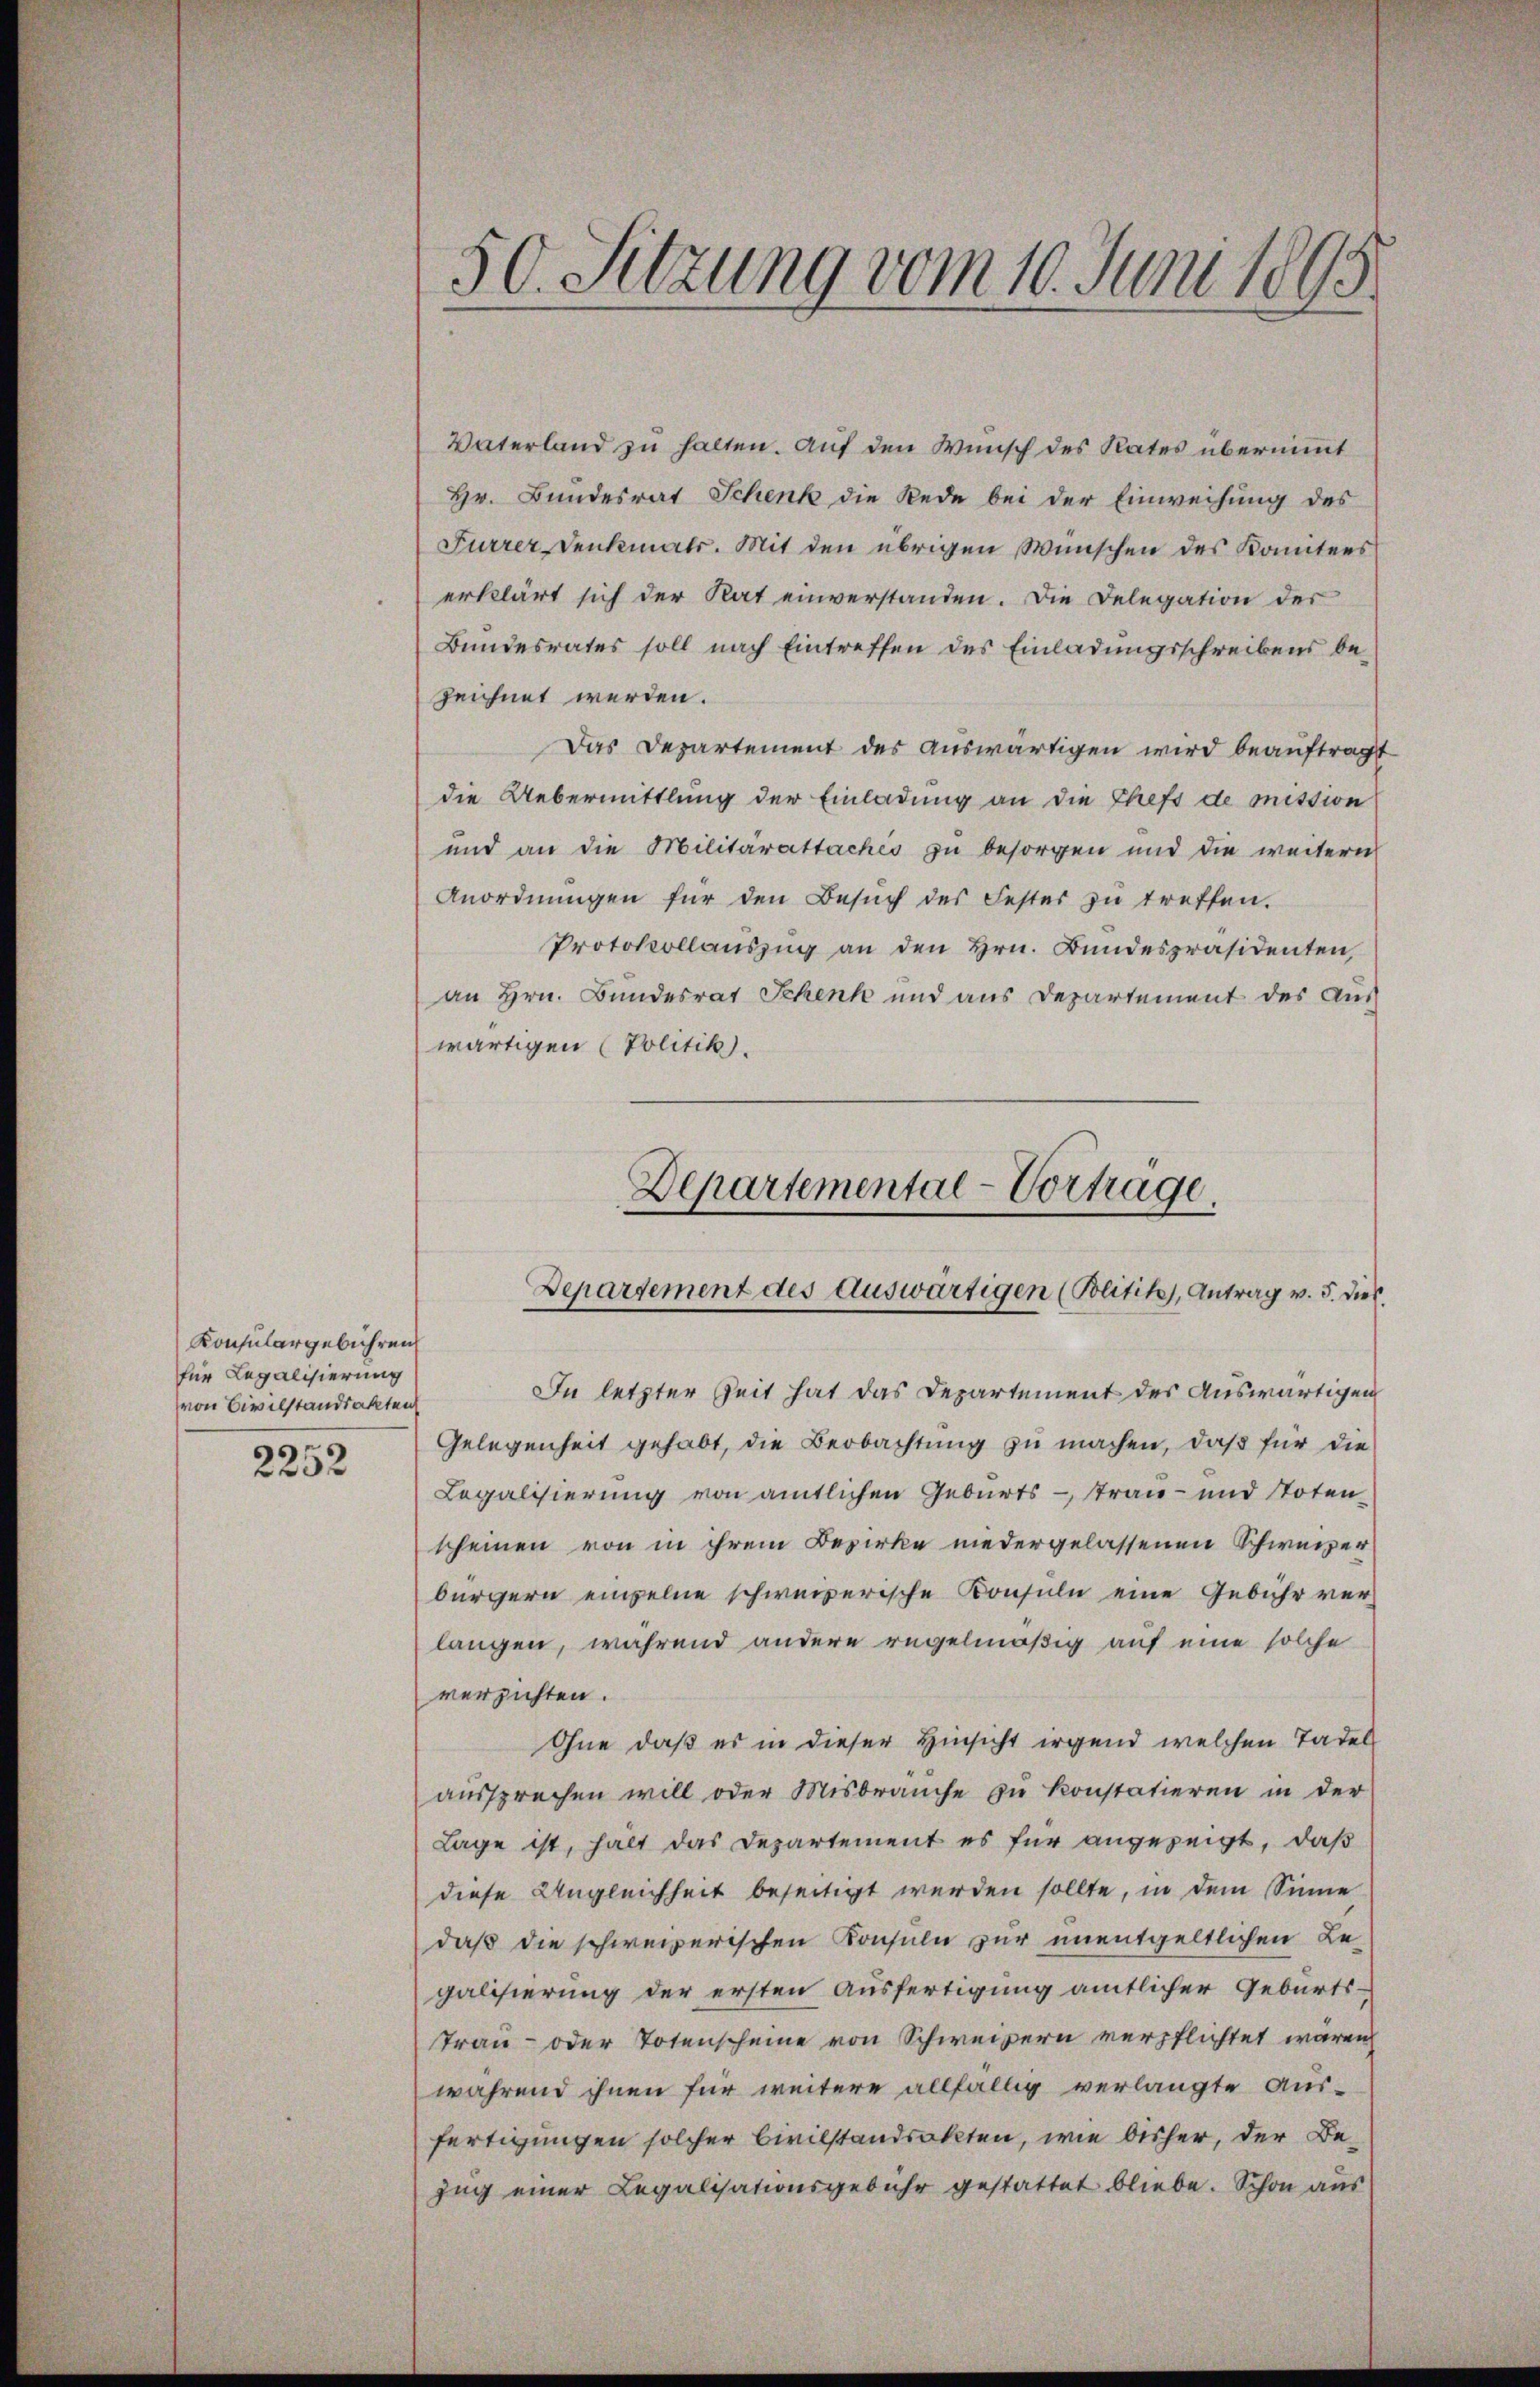
Konsulargebühren
für Legalisierung
von Civilstandsakten

2252

Vaterland zu halten. Auf den Wunsch des Rates übernimmt
Hr. Bundesrat Schenk die Rede bei der Einweisung des
Furrer Denkmals. Mit den übrigen Wünschen des Komitees
erklärt sich der Rat einverstanden. Die Delegation der
Bundesrates soll nach Eintreffen des Einladungsschreibens bezeichnet werden.
Das Departement des auswärtigen wird beauftragt
die Uebermittlung der Einladung an die Chefs de mission
und an die Militärattaches zu besorgen und die weitern
Anordnŭngen für den Besŭch des Fester zŭ treffen.
Protokollauszug an den Hrn. Bundespräsidenten,
an Hrn. Bundesrat Schenk und aus Departement des Aus
wärtigen (Politik.
Departemental-Vorträge

50. Sitzung vom 10. Juni 1895

Departement des Auswärtigen (Bolitik, Antrag v. 5. dies

In letzter Zeit hat das Departement des Auswärtigen
Gelegenheit gehabt, die Beobachtung zu machen, daß für die
Legalisierung von amtlichen Geburts - Tran- und Noten
scheinen von in ihrem Bezirke niedergelassenen Schweizer
bürgern einzelne schweizerische Konsuln eine Gebühr verlangen, während andere regelmäßig auf eine solche
verzichten.
Ohne daß es in dieser Hinsicht irgend welchen Tadel
aussprechen will oder Misbrauche zu konstatieren in der
Lage ist, halt das Departement es für angezeigt, daß
diese Ungleichheit beseitigt werden sollte, in dem Sinne
daß die schweizerischen Konsuln zur unentgeltlichen Legalisierung der ersten Ausfertigung amtlicher Geburts¬
Trau- oder Totenscheine von Schweizern verpflichtet waren
während ihnen für weitere allfällig verlangte Aus-
fertigungen solcher Civilstandsakten, wie bisher, der Bezŭg einer Legalisationsgebühr gestattet bliebe. Schon aus